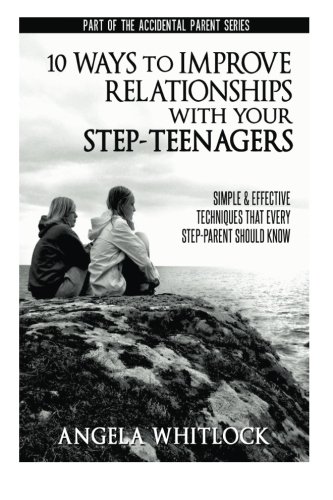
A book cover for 10 Ways to Improve Relationships With Your Step-Teenagers (The Accidental Parent) (Volume 1); Angela Whitlock; Parenting & Relationships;